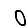
Digit: 0